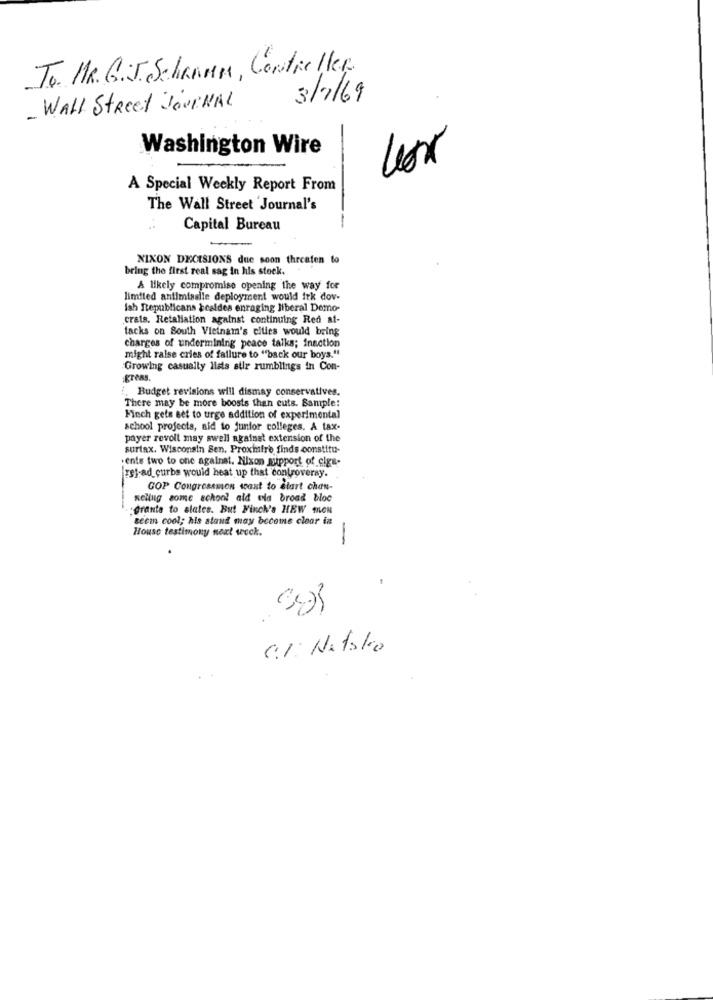
To. MR. G.J. Schauen, Controller.
3/7/69
- WALL Street JOURNAL
Washington Wire
A Special Weekly Report From
The Wall Street Journal's
Capital Bureau
--
NIXON DECISIONS due soon threaten to
bring the first real sag in his stock.
A likely compromise opening the way for
limited antimissile deployment would irk dov-
lah Republicans bcaldes enraging liberal Demo-
crats. Retaliation against continuing Red at-
facks on South Vietnam's cities would bring
charges of undermining peace talks; inaction
might raise cries of failure to "back our boys."
Growing casually lists siir rumblings in Con-
. Budget revisions will dismay conservatives.
There may be more boosts than cuts. Sample:
Finch gets set to urge addition of experimental
school projects, aid to junior colleges. A tax-
payer revolt may swell against extension of the
surtax. Wisconsin Sen. Proxmifre finds constitu-
.ente two to one against. Nixon support of ciga-
1st-ad_ curbs would heat up that controversy.
COP Congressmen want to start chan-
nellug some school ald dla broad bloc
:Grante to slates. But Finch's HEW SON
teem cool; his atand may become clear in
House testimony next weck.
-
C.1: Natalia